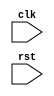
module MultirateTimer (
    input wire clk,
    input wire rst,
    // Add input ports for desired frequencies, phase, duty cycle, etc.
    // Add output ports for generated clock signals
);

    // Add registers for storing desired frequencies
    // Add counters for tracking elapsed clock cycles
    // Add logic for generating clock signals based on stored frequencies
    // Add synchronization blocks for aligning and synchronizing clock signals
    // Add features for adjusting phase and duty cycle of generated clock signals

endmodule